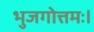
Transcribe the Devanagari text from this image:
भुजगोत्तमः।